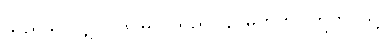
သည်သာလျှင်။ ဒုဝိဓာ၊ သည်။ န၊ မဟုတ်။ ဣတိ၊ သို့